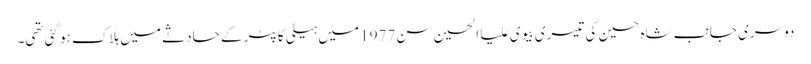
دوسری جانب شاہ حسین کی تیسری بیوی علیا الحسین سن1977 میں ہیلی کاپٹر کے حادثے میں ہلاک ہو گئی تھی۔